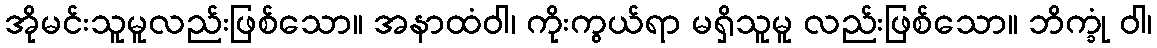
အိုမင်းသူမူလည်းဖြစ်သော။ အနာထံဝါ၊ ကိုးကွယ်ရာ မရှိသူမူ လည်းဖြစ်သော။ ဘိက္ခုံ ဝါ၊